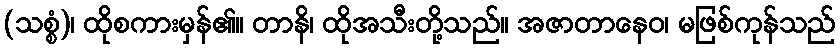
(သစ္စံ)၊ ထိုစကားမှန်၏။ တာနိ၊ ထိုအသီးတို့သည်။ အဇာတာနေဝ၊ မဖြစ်ကုန်သည်